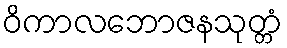
ဝိကာလဘောဇနသုတ္တံ